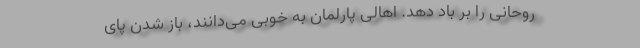
روحانی را بر باد دهد. اهالی پارلمان به خوبی می‌دانند، باز شدن پای